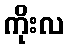
ကိုးလ